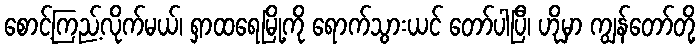
စောင့်ကြည့်လိုက်မယ်၊ ရှာထရေမြို့ကို ရောက်သွားယင် တော်ပါပြီ၊ ဟိုမှာ ကျွန်တော်တို့